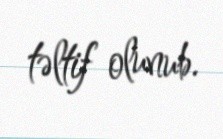
təltif olunub.